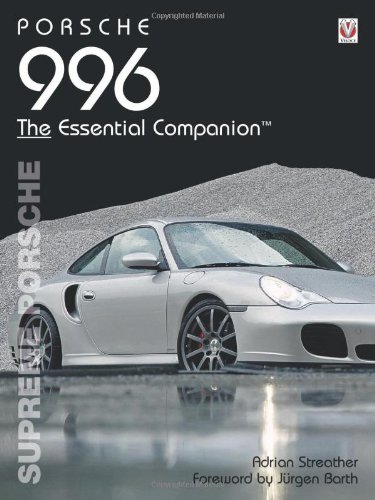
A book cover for Porsche 996 The Essential Companion: Supreme Porsche; Adrian Streather; Engineering & Transportation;